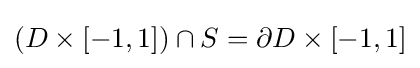
(D\times [-1,1])\cap S=\partial D\times [-1,1]